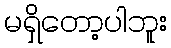
မရှိတော့ပါဘူး